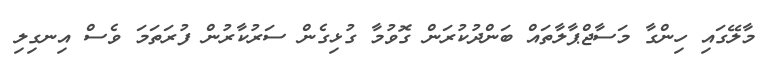
މާލޭގައި ހިންގާ މަސާޖްޕާލާތައް ބަންދުކުރަން ގޮވުމާ ގުޅިގެން ސަރުކާރުން ފުރަތަމަ ވެސް އިނގިލި